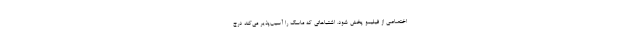
اختصاصی از فیلیمو پخش شود. اشتباهاتی که ماسک را آسیب‌پذیر می‌کند درج